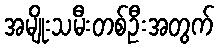
အမျိုးသမီးတစ်ဦးအတွက်